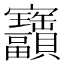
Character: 𫴫